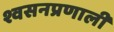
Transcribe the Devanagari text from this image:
श्वसनप्रणाली